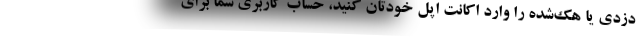
دزدی یا هک‌شده را وارد اکانت اپل خودتان کنید، حساب کاربری شما برای